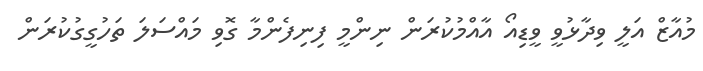
މުއާޒް އަލީ ވިދާޅުވީ ވީޑިއޯ އާއްމުކުރަން ނިންމީ ފިނިފެންމާ ގޮވި މައްސަލަ ތަހުގީގުކުރަން